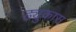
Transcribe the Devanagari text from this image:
ड्युकास